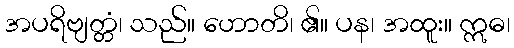
အပရိဗျတ္တံ၊ သည်။ ဟောတိ၊ ၏။ ပန၊ အထူး။ ဣဓ၊